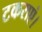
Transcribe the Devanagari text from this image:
टकराएं।